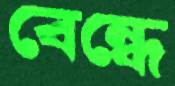
বেন্ধে